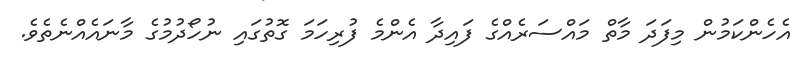
އެހެންކަމުން މިފަދަ މާތް މައްސަރެއްގެ ފައިދާ އެންމެ ފުރިހަމަ ގޮތުގައި ނުހޯދުމުގެ މާނައެއްނެތެވެ.